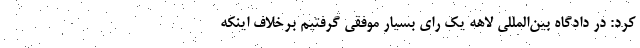
کرد: در دادگاه بین‌المللی لاهه یک رای بسیار موفقی گرفتیم برخلاف اینکه